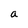
Character: a